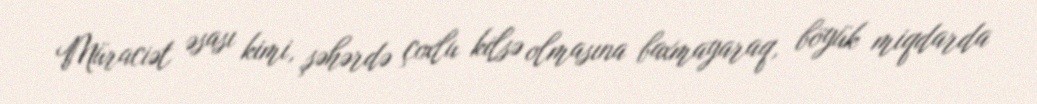
Müraciət əsası kimi, şəhərdə çoxlu kilsə olmasına baxmayaraq, böyük miqdarda